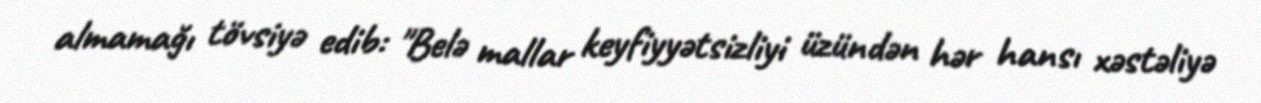
almamağı tövsiyə edib: "Belə mallar keyfiyyətsizliyi üzündən hər hansı xəstəliyə